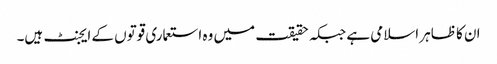
ان کا ظاہر اسلامی ہے جبکہ حقیقت میں وہ استعماری قوتوں کے ایجنٹ ہیں۔